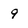
Character: 9